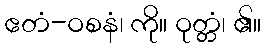
ဧတံ-ဝစနံ၊ ကို။ ဝုတ္တံ၊ ၏။